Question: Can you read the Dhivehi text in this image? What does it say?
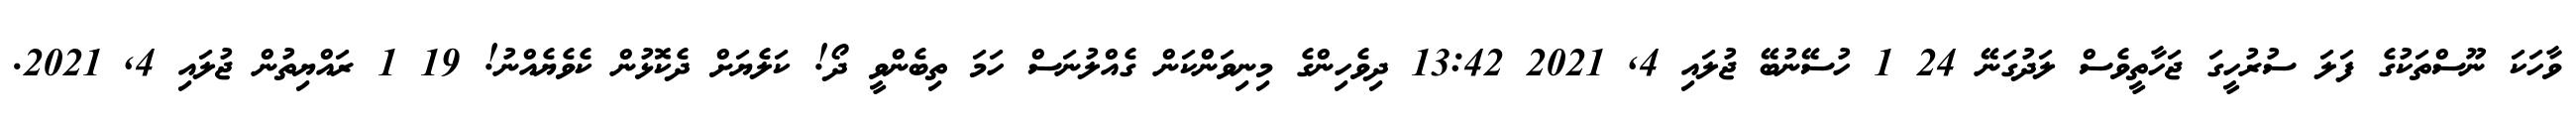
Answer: ވާހަކަ ނޫސްތަކުގެ ފަލަ ސުރުހީގަ ޖަހާތީވެސް ލަދުގަނޭ 24 1 ހުސޭނުބޭ ޖުލައި 4, 2021 13:42 ދިވެހިންގެ މިނިވަންކަން ގެއްލުނަސް ހަމަ ތިބެންވީ ދޯ! ކަލެޔަށް ދެކޮޅުން ކެވެޔެއްނު! 19 1 ރައްޔިތުން ޖުލައި 4, 2021.